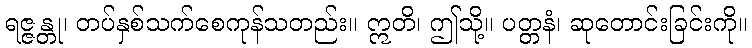
ရဇ္ဇန္တု၊ တပ်နှစ်သက်စေကုန်သတည်း။ ဣတိ၊ ဤသို့။ ပတ္တနံ၊ ဆုတောင်းခြင်းကို။